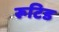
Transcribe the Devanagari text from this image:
रूटिड